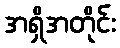
အရှိအတိုင်း